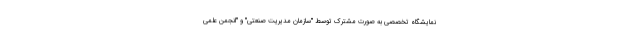
نمایشگاه تخصصی به صورت مشترک توسط "سازمان مدیریت صنعتی" و "انجمن علمی